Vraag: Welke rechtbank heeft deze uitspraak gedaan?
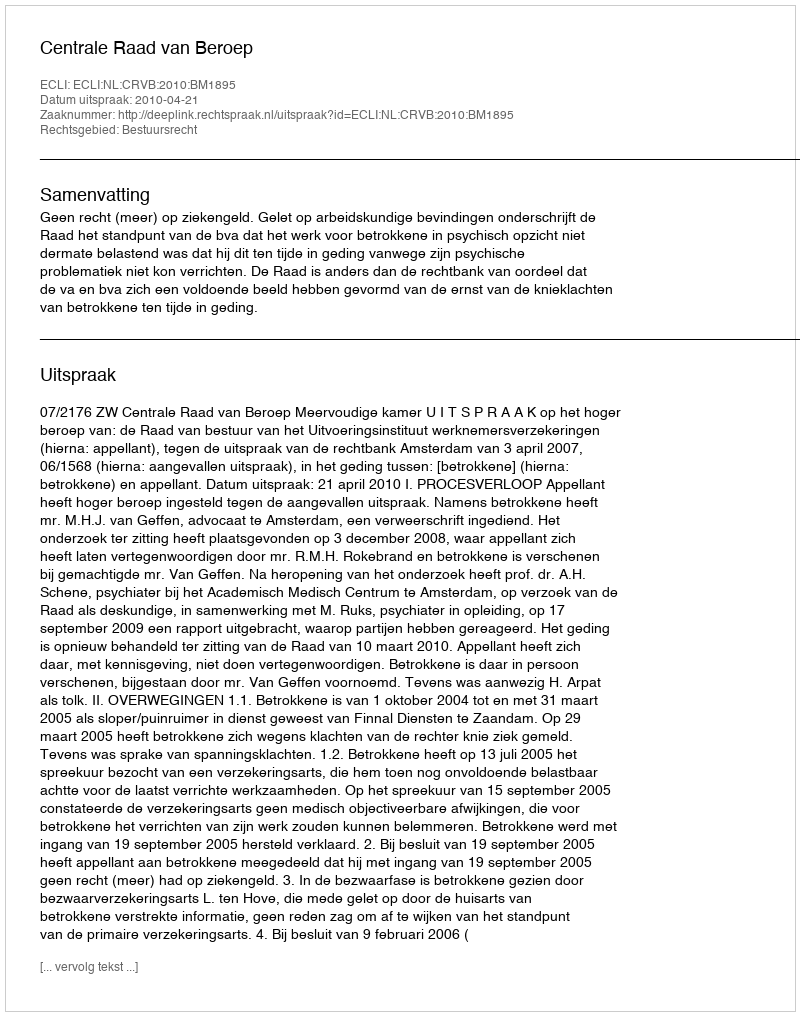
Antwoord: Centrale Raad van Beroep